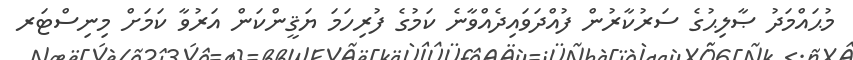
މުޙައްމަދު ޞާލިޙުގެ ސަރުކާރުން ފުއްދަވައިދެއްވާނެ ކަމުގެ ފުރިހަމަ ޔަޤީންކަން އަރުވާ ކަމަށް މިނިސްޓަރ